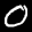
Label: 0